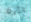
بأية